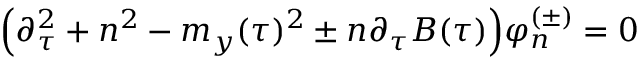
\Big ( \partial _ { \tau } ^ { 2 } + n ^ { 2 } - m _ { y } ( \tau ) ^ { 2 } \pm n \partial _ { \tau } B ( \tau ) \Big ) \varphi _ { n } ^ { ( \pm ) } = 0